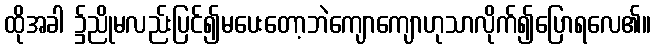
ထိုအခါ ၌ညိုမလည်းပြင်၍မပေးတော့ဘဲကျောကျောဟုသာလိုက်၍ပြောရလေ၏။